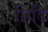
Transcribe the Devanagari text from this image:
मिडि